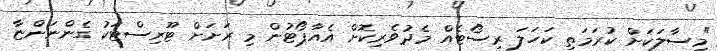
"މިސާލަކަށް ކުރަމަތި ކަހަލަ ރިސޯޓެއް މެދުވެރިކޮށް އެއާޕޯޓުން މި ރަށަށް ޓޫރިސްޓަކު ގެންނަންޏާ